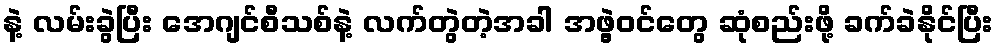
နဲ့ လမ်းခွဲပြီး အေဂျင်စီသစ်နဲ့ လက်တွဲတဲ့အခါ အဖွဲ့ဝင်တွေ ဆုံစည်းဖို့ ခက်ခဲနိုင်ပြီး